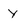
Character: y